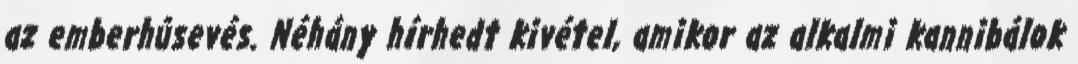
az emberhúsevés. Néhány hírhedt kivétel, amikor az alkalmi kannibálok